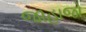
જાહાજો